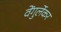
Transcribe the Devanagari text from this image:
वेंगुर्लेकर